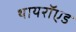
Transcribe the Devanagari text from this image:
थायरॉएड